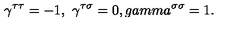
\gamma ^ { \tau \tau } = - 1 , \ \gamma ^ { \tau \sigma } = 0 , g a m m a ^ { \sigma \sigma } = 1 .